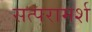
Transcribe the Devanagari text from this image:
सत्परामर्श